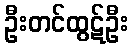
ဦးတင်ထွဋ်ဦး